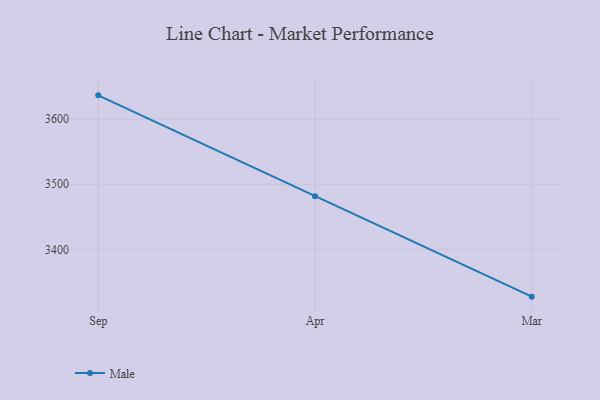
{"axis": {"x": "Month", "y": "Tickets Resolved"}, "legend": ["Male"], "data": [{"x": "Sep", "y": 3636.4, "type": "Male"}, {"x": "Apr", "y": 3481.4, "type": "Male"}, {"x": "Mar", "y": 3327.4, "type": "Male"}]}